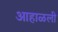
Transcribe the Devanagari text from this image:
आहाळली